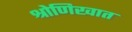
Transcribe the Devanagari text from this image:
श्रोणिखात